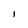
Character: I